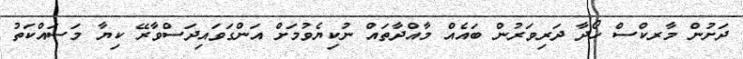
ދަށުން މާރކްސް ހޯދާ ދަރިވަރުން ބައެއް މާއްދާތައް ނުކިޔެވުމަށް އަންގަވައިދަސްވާރޭ ކިޔާ މަސައްކަތު